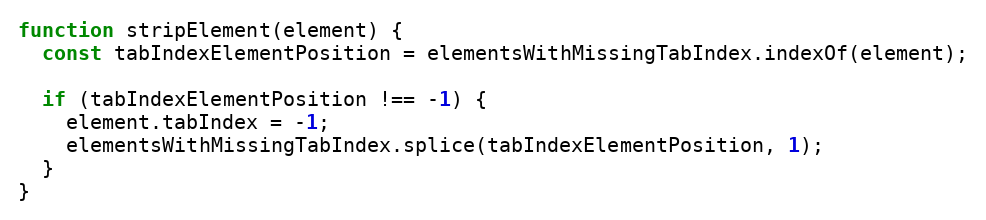
Language: JavaScript
function stripElement(element) {
  const tabIndexElementPosition = elementsWithMissingTabIndex.indexOf(element);

  if (tabIndexElementPosition !== -1) {
    element.tabIndex = -1;
    elementsWithMissingTabIndex.splice(tabIndexElementPosition, 1);
  }
}